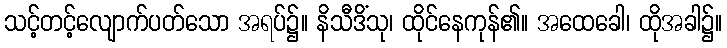
သင့်တင့်လျောက်ပတ်သော အရပ်၌။ နိသီဒိံသု၊ ထိုင်နေကုန်၏။ အထေခေါ၊ ထိုအခါ၌။